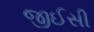
જીઈસી